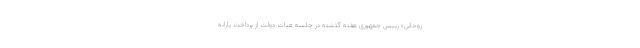
روحانی» رییس جمهوری هفته گذشته در جلسه هیات دولت از پرداخت یارانه